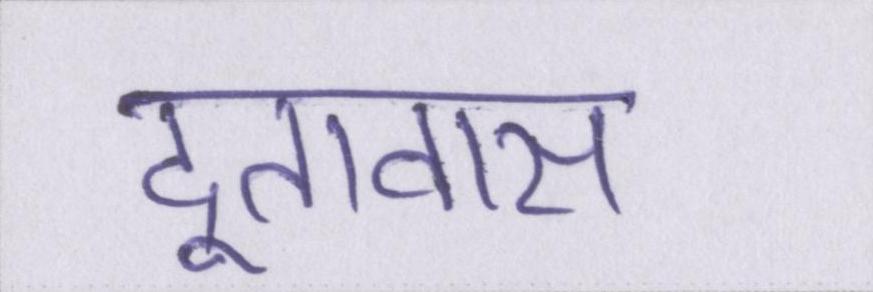
दूतावास